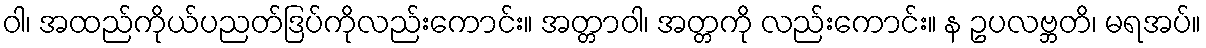
ဝါ၊ အထည်ကိုယ်ပညတ်ဒြပ်ကိုလည်းကောင်း။ အတ္တာဝါ၊ အတ္တကို လည်းကောင်း။ န ဥပလဗ္ဘတိ၊ မရအပ်။